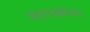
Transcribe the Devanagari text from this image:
उत्पादकाला